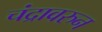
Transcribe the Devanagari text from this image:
चंद्रावरुन